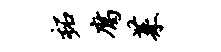
柘腐茱